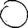
Digit: 0